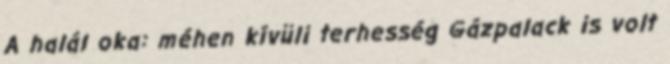
A halál oka: méhen kívüli terhesség Gázpalack is volt